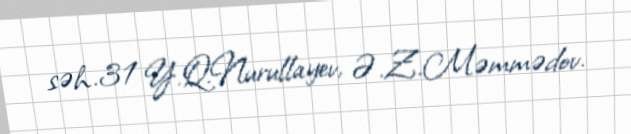
səh.31 Y.Q.Nurullayev, Ə.Z.Məmmədov.